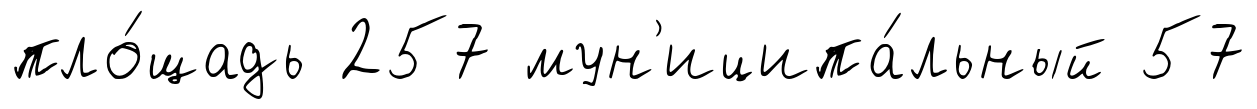
пло́щадь 257 мун'иципа́льный 57